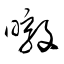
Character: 暾